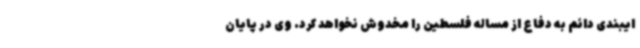
ایبندی دائم به دفاع از مساله فلسطین را مخدوش نخواهد کرد. وی در پایان